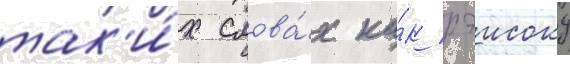
так'и́х слова́х ка́к рэисоку